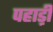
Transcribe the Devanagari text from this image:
पहाड़़ी